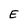
Character: E